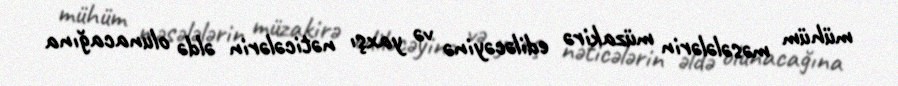
mühüm məsələlərin müzakirə ediləcəyinə və yaxşı nəticələrin əldə olunacağına